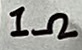
Text: 1Ω